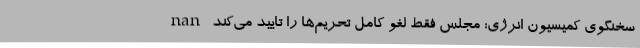
nan سخنگوی کمیسیون انرژی: مجلس فقط لغو کامل تحریم‌ها را تایید می‌کند